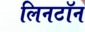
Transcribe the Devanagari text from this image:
लिनटॉन